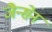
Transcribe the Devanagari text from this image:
जैन्सेन